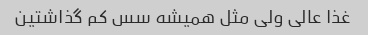
غذا عالی ولی مثل همیشه سس کم گذاشتین